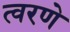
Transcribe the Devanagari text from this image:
त्वरणे